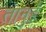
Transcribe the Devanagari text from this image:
तानुई